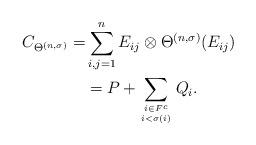
LaTeX: \begin{align*}C_{\Theta^{(n,\sigma)}}=&\sum_{i,j=1}^{n} E_{ij}\otimes\Theta^{(n,\sigma)}(E_{ij})\\&=P+\sum_{i\in F^{c}\atop i<\sigma(i)}Q_{i}.\end{align*}